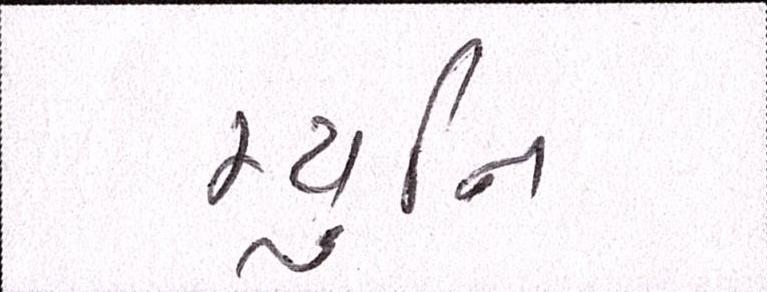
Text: મ્યુનિ